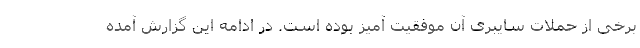
برخی از حملات سایبری آن موفقیت آمیز بوده است. در ادامه این گزارش آمده